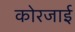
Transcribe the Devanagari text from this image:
कोरजाई